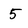
Character: 5